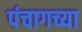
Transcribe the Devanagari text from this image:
पंचागच्या